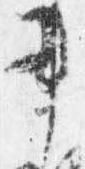
書